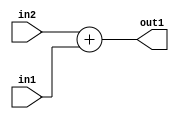
`timescale 1ps / 1ps
/*****************************************************************************
    Verilog RTL Description
    
    
    Created by: Stratus DpOpt 21.05.01 
*******************************************************************************/

module Filter_Add_10Ux8U_10U_1 (
	in2,
	in1,
	out1
	); /* architecture "behavioural" */ 
input [9:0] in2;
input [7:0] in1;
output [9:0] out1;
wire [9:0] asc001;

assign asc001 = 
	+(in2)
	+(in1);

assign out1 = asc001;
endmodule

/* CADENCE  ubLwTAA= : u9/ySxbfrwZIxEzHVQQV8Q== ** DO NOT EDIT THIS LINE ******/